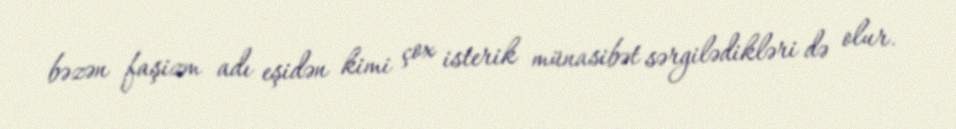
bəzən faşizm adı eşidən kimi çox isterik münasibət sərgilədikləri də olur.